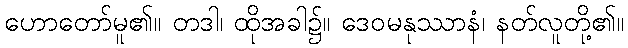
ဟောတော်မူ၏။ တဒါ၊ ထိုအခါ၌။ ဒေဝမနုဿာနံ၊ နတ်လူတို့၏။